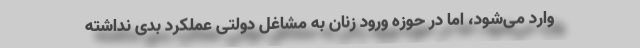
وارد می‌شود، اما در حوزه ورود زنان به مشاغل دولتی عملکرد بدی نداشته